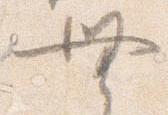
無